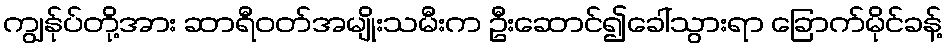
ကျွန်ုပ်တို့အား ဆာရီဝတ်အမျိုးသမီးက ဦးဆောင်၍ခေါ်သွားရာ ခြောက်မိုင်ခန့်